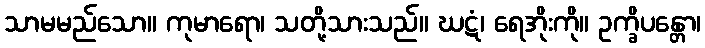
သာမမည်သော။ ကုမာရော၊ သတို့သားသည်။ ဃဋံ၊ ရေအိုးကို။ ဥက္ခိပန္တော၊